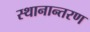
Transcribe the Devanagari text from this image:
स्‍थानान्‍तरण